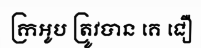
ក្រអូប ត្រូវបាន គេ ជឿ